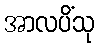
အာလပိံသု